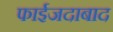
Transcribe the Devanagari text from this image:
फाईजदाबाद